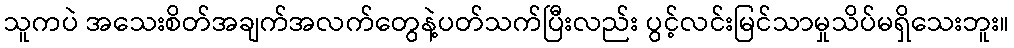
သူကပဲ အသေးစိတ်အချက်အလက်တွေနဲ့ပတ်သက်ပြီးလည်း ပွင့်လင်းမြင်သာမှုသိပ်မရှိသေးဘူး။